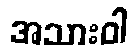
အသားဝါ